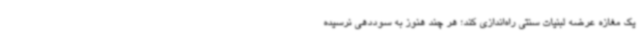
یک مغازه عرضه لبنیات سنتی راه‌اندازی کند؛ هر چند هنوز به سوددهی نرسیده